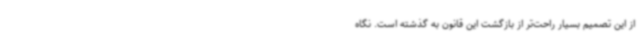
از این تصمیم بسیار راحت‌تر از بازگشت این قانون به گذشته است. نگاه